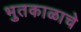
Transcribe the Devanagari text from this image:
भुतकाळाचे